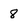
Character: 8